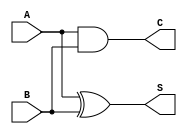
module HalfAdder (
    input wire A,    // First input bit
    input wire B,    // Second input bit
    output wire S,   // Sum output
    output wire C    // Carry output
);

// Sum output is the XOR of A and B
assign S = A ^ B;

// Carry output is the AND of A and B
assign C = A & B;

endmodule